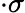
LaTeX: \cdot\sigma